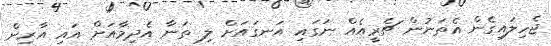
ޖެހިލައިގެން އެތަނުން ޗެރީއެއް ނަގައި އަނގައަށް ލި ތަނާ އެދިމާއަށް އައި އާރިން